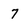
Character: 7